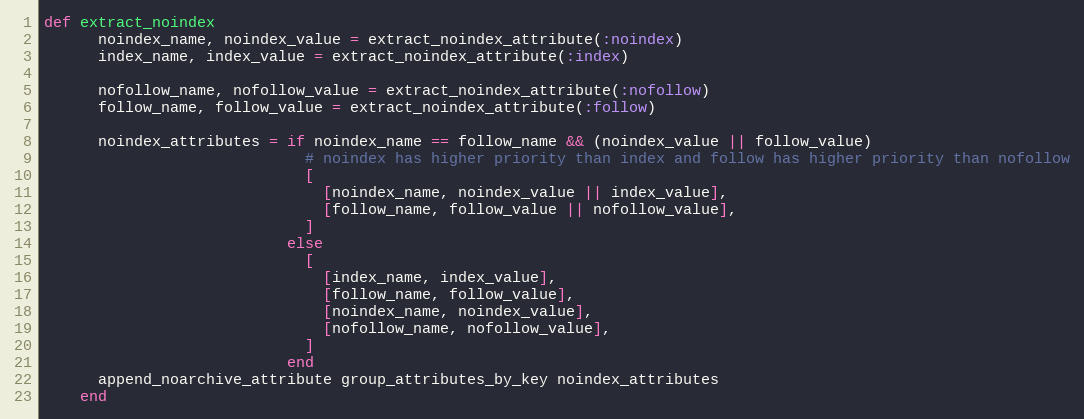
Language: Ruby
def extract_noindex
      noindex_name, noindex_value = extract_noindex_attribute(:noindex)
      index_name, index_value = extract_noindex_attribute(:index)

      nofollow_name, nofollow_value = extract_noindex_attribute(:nofollow)
      follow_name, follow_value = extract_noindex_attribute(:follow)

      noindex_attributes = if noindex_name == follow_name && (noindex_value || follow_value)
                             # noindex has higher priority than index and follow has higher priority than nofollow
                             [
                               [noindex_name, noindex_value || index_value],
                               [follow_name, follow_value || nofollow_value],
                             ]
                           else
                             [
                               [index_name, index_value],
                               [follow_name, follow_value],
                               [noindex_name, noindex_value],
                               [nofollow_name, nofollow_value],
                             ]
                           end
      append_noarchive_attribute group_attributes_by_key noindex_attributes
    end